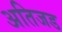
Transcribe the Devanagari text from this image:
अतिजड